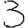
Digit: 3